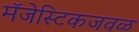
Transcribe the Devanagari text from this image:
मॅजेस्टिकजवळ